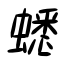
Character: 蟋